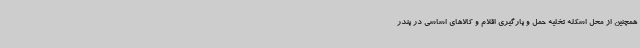
همچنین از محل اسکله تخلیه حمل و بارگیری اقلام و کالاهای اساسی در بندر